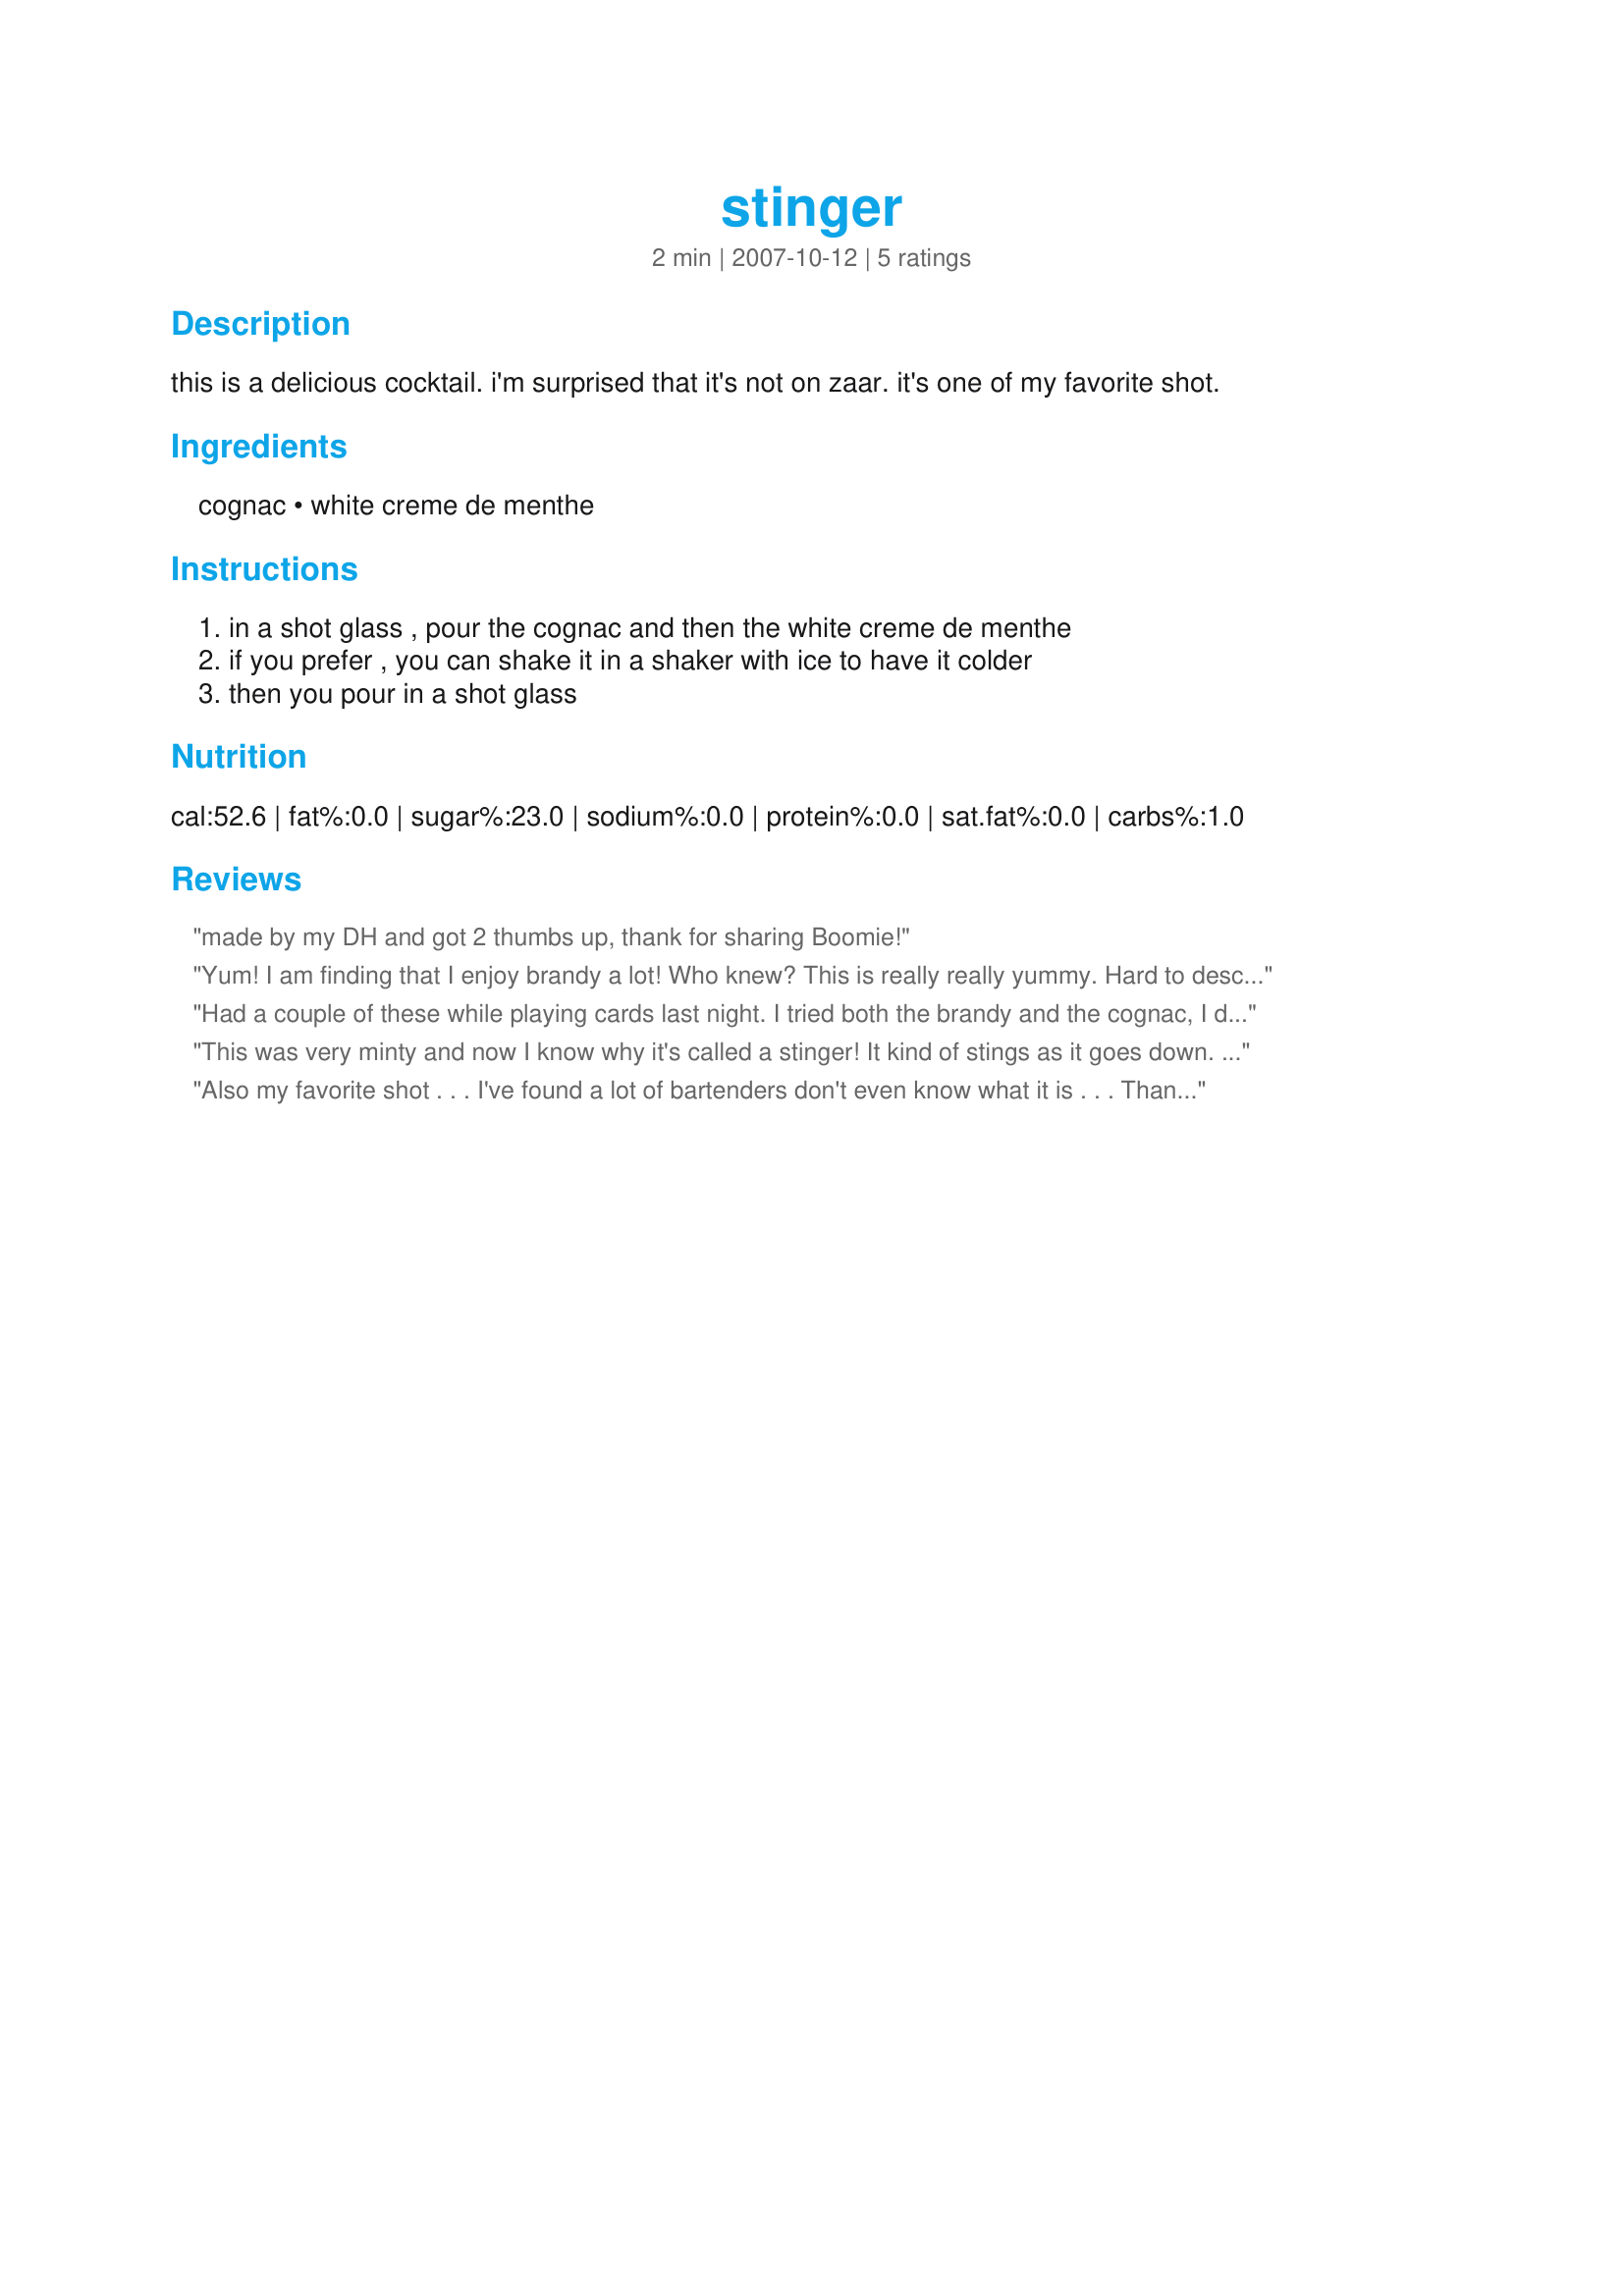
stinger
Preparation time: 2 minutes

this is a delicious cocktail. i'm surprised that it's not on zaar. it's one of my favorite shot.

Ingredients:
cognac, white creme de menthe

Steps:
in a shot glass , pour the cognac and then the white creme de menthe, if you prefer , you can shake it in a shaker with ice to have it colder, then you pour in a shot glass

Reviews:
made by my DH and got 2 thumbs up, thank for sharing Boomie!
Yum! I am finding that I enjoy brandy a lot! Who knew? This is really really yummy. Hard to describe but you can get the brandy flavor along with the minty flavor of the creme de menthe. I would definitely use the clear creme de menthe as the color is very pretty. This is a great after dinner sipper! Thanks Boomie!
Had a couple of these while playing cards last night. I tried both the brandy and the cognac, I do prefer the brandy. My card partner preferred the cognac! Had a nice aftertaste. Thanks for sharing!
This was very minty and now I know why it's called a stinger! It kind of stings as it goes down. I used brandy and green creme de menthe giving it a pretty color for St. Patty's Day.
Also my favorite shot . . . I've found a lot of bartenders don't even know what it is . . . Thanks for posting!
